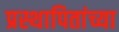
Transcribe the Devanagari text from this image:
प्रस्थापितांच्या